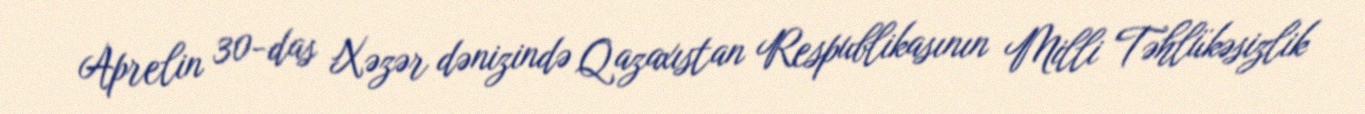
Aprelin 30-das Xəzər dənizində Qazaxıstan Respublikasının Milli Təhlükəsizlik